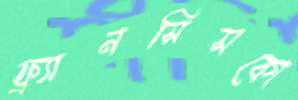
ফ্র্যানসিসকো